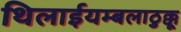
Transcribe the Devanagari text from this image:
थिलाईयम्बलाठुक्कू